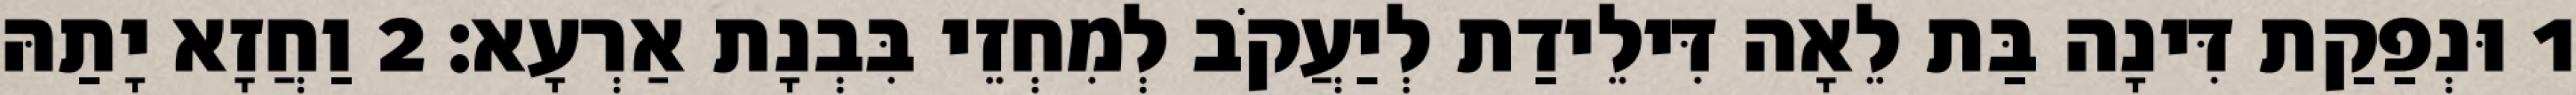
1 וּנְפַקַת דִּינָה בַּת לֵאָה דִּילֵידַת לְיַעֲקֹב לְמִחְזֵי בִּבְנָת אַרְעָא׃ 2 וַחֲזָא יָתַהּ